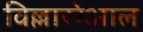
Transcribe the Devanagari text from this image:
विल्लाररेआल